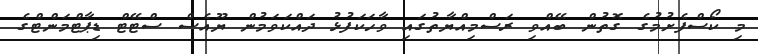
މި ކޯސްފެށުމުގެ ގޮތުން ބޭއްވި ރަސްމިއްޔާތުގައި ވާހަކަފުޅު ދައްކަވަމުން ޔޫއެސް ސްޓޭޓް ޑިޕާޓްމަންޓްގެ